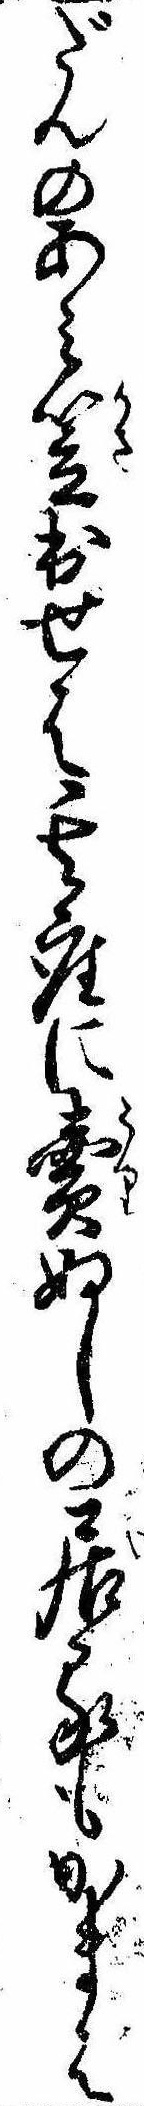
だんのあみ笠出せは其座に売ぬしの居るもかまは